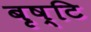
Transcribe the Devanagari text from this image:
बृष्टि